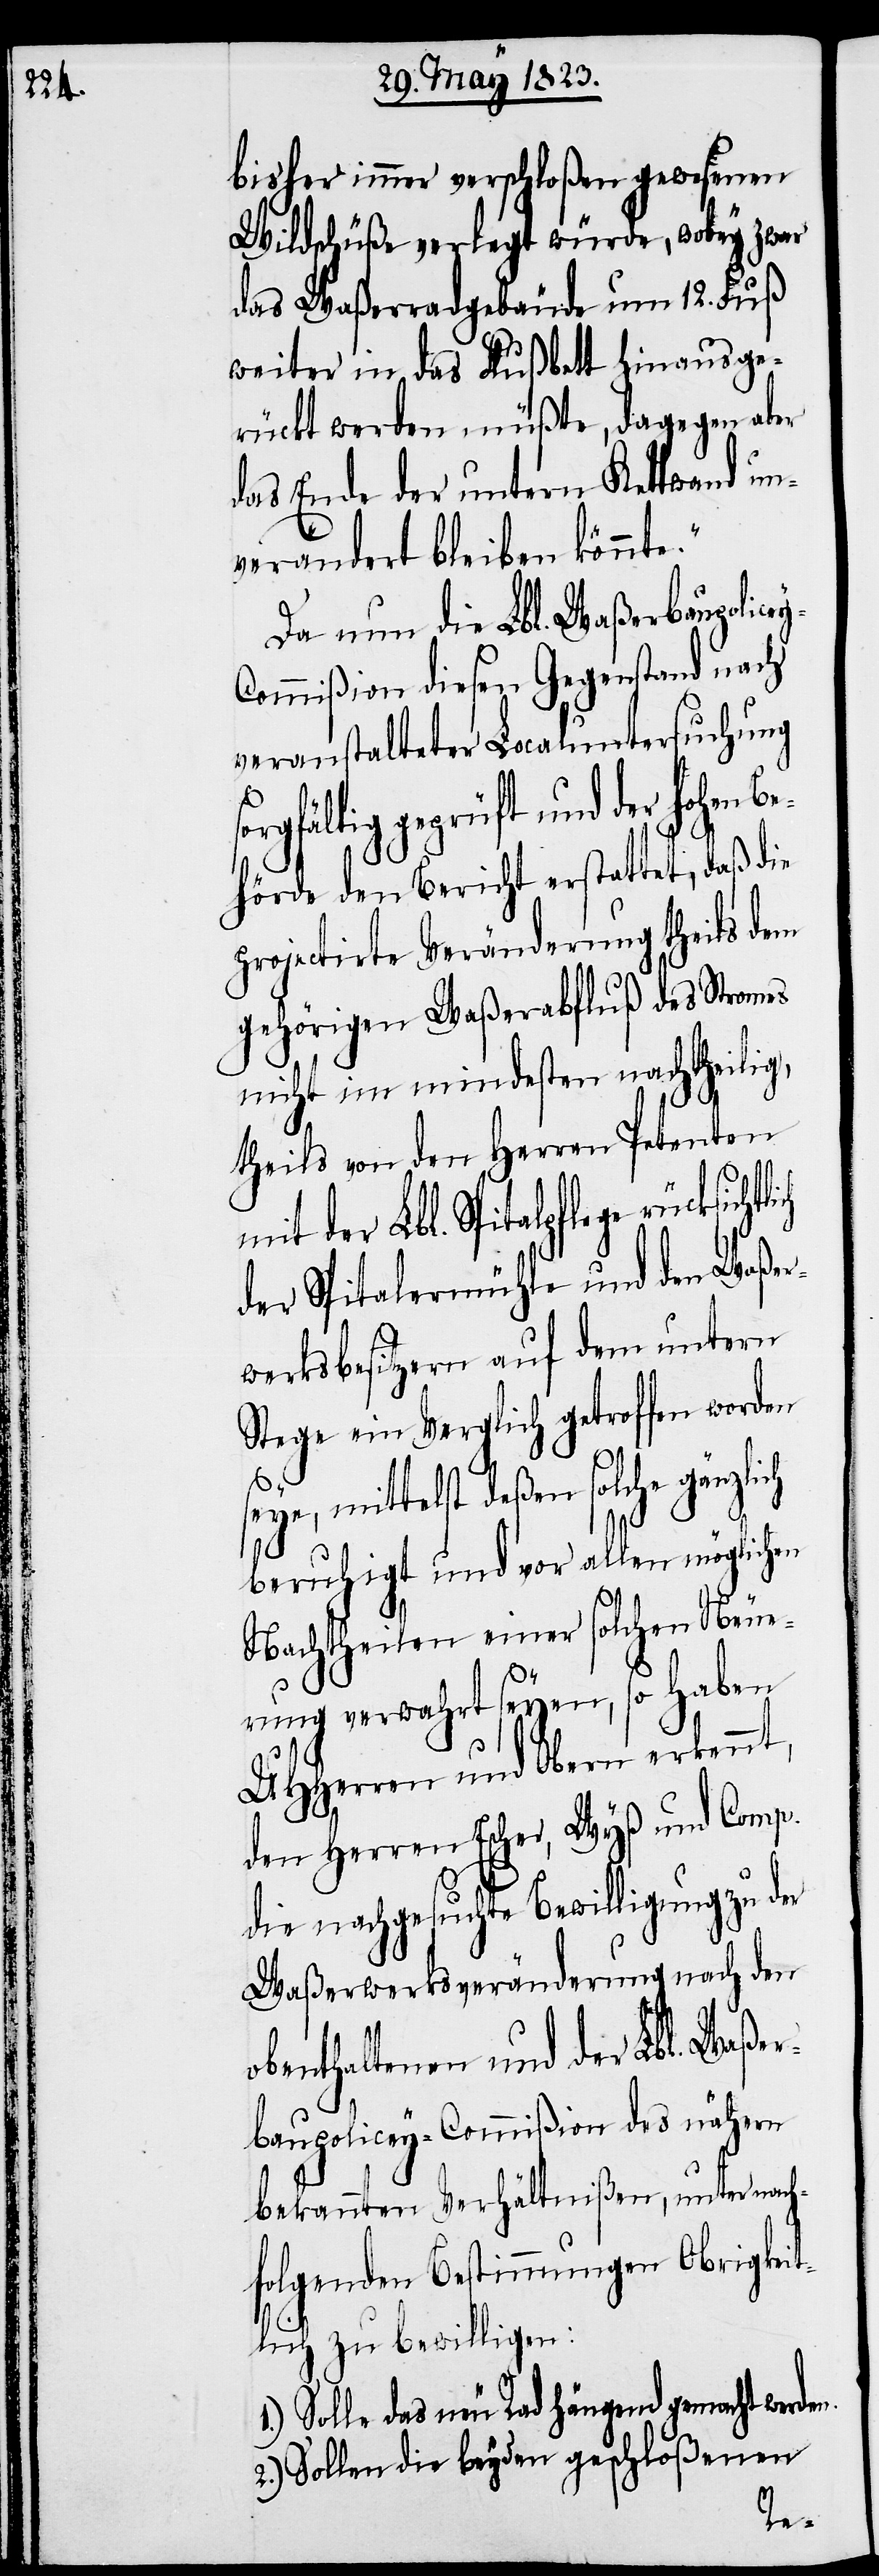
bisher immer verschloßen gewesenen
Wildschüße verlegt würde, wobey zwar
das Waßerradgebäude um 12. Fuß
weiter in das Flußbett hinausge¬
rückt werden müßte, dagegen aber
das Ende der untern Kettwand un¬
verändert bleiben könnte.“
Da nun die Lbl. Waßerbaupolice¬
ommißion diesen Gegenstand nach
veranstalteter Localuntersuchung
orgfältig geprüft und der hohen B¬
ehörde den Bericht erstattet, daß die
projectirte Veränderung theils dem
gehörigen Waßerabfluß des Stromes
nicht im mindesten nachtheilig,
theils von den Herren Petenten
mit der Lbl. Spitalpflege
der Spitalermühle und den Waßer¬
werksbesitzern auf dem untern
Stege ein Vergleich getroffen worden
seye, mittelst deßen solche gänzlich
beruhigt und vor allen möglichen
Nachtheilen einer solchen Neue¬
n.
rung verwahrt seyen, so haben
UHHerren und Obern erkennt,
den Herren Escher, Wyß und Comp.
die nachgesuchte Bewilligung zu der
Waßerwerksveränderung nach den
obenthaltenen und der Lbl. Waßer¬
baupolicey-Commißion des nähern
bekannten Verhältnißen, unter nach¬
folgenden Bestimmungen Obrigkeit¬
lich zu bewilligen:
1.) Solle das neu Rad hängend gemacht werde¬
2.) Sollen die beyden geschloßenen